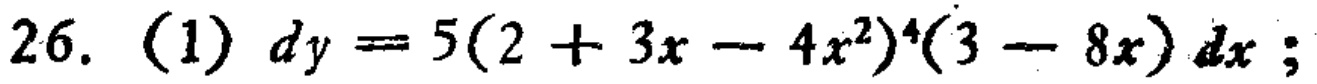
\(26.\ (1)\ dy = 5(2 + 3x - 4x^{2})^{4}(3 - 8x)\ dx;\)